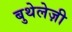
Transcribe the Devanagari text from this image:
बुथेलेज़ी